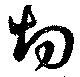
切